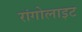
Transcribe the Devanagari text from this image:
रांगोलाइट